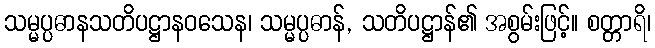
သမ္မပ္ပဓာနသတိပဋ္ဌာနဝသေန၊ သမ္မပ္ပဓာန်, သတိပဋ္ဌာန်၏ အစွမ်းဖြင့်။ စတ္တာရိ၊